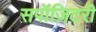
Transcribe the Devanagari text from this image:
सपॉज़िटरी